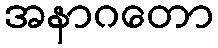
အနာဂတော